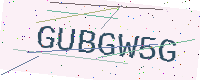
Text: GUBGW5G